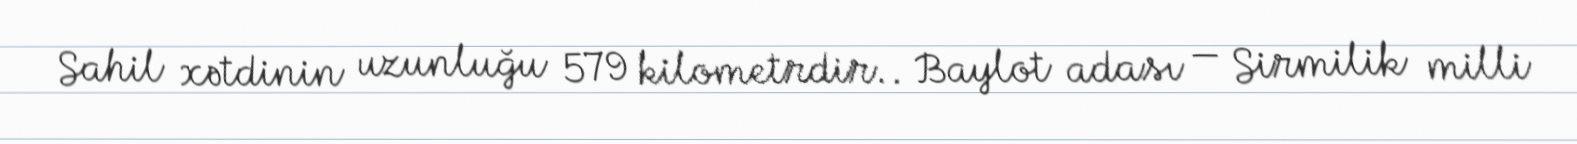
Sahil xətdinin uzunluğu 579 kilometrdir.. Baylot adası — Sirmilik milli